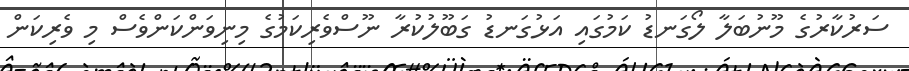
ސަރުކާރުގެ މޫނުބަލާ ލޯގަނޑު ކަމުގައި އަޅުގަނޑު ގަބޫލުކުރާ ނޫސްވެރިކަމުގެ މިނިވަންކަންވެސް މި ވެރިކަން